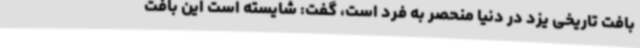
بافت تاریخی یزد در دنیا منحصر به‌ فرد است، گفت: شایسته است این بافت